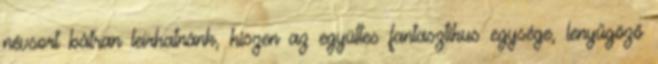
névsort bátran leírhatnánk, hiszen az együttes fantasztikus egysége, lenyűgöző